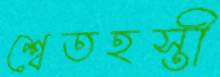
শ্বেতহস্তী